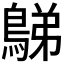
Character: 𪁩